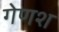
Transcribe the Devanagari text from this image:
गेणश